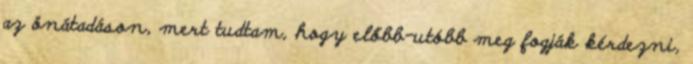
az önátadáson, mert tudtam, hogy előbb-utóbb meg fogják kérdezni,